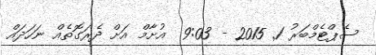
ސެޕްޓެމްބަރު 1